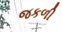
જકળી